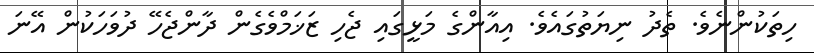
ހިތަކުންނެވެ. ތެދު ނިޔަތުގައެވެ. އިއާންގެ މަޅީގައި ޖެހި ޒަޚަމްވެގެން ދާންޖެހޭ ދުވަހަކުން އޭނަ